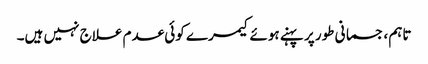
تاہم ، جسمانی طور پر پہنے ہوئے کیمرے کوئی عدم علاج نہیں ہیں۔